Medical and sanitary report of the native army of Madras for the year
Year: 1876
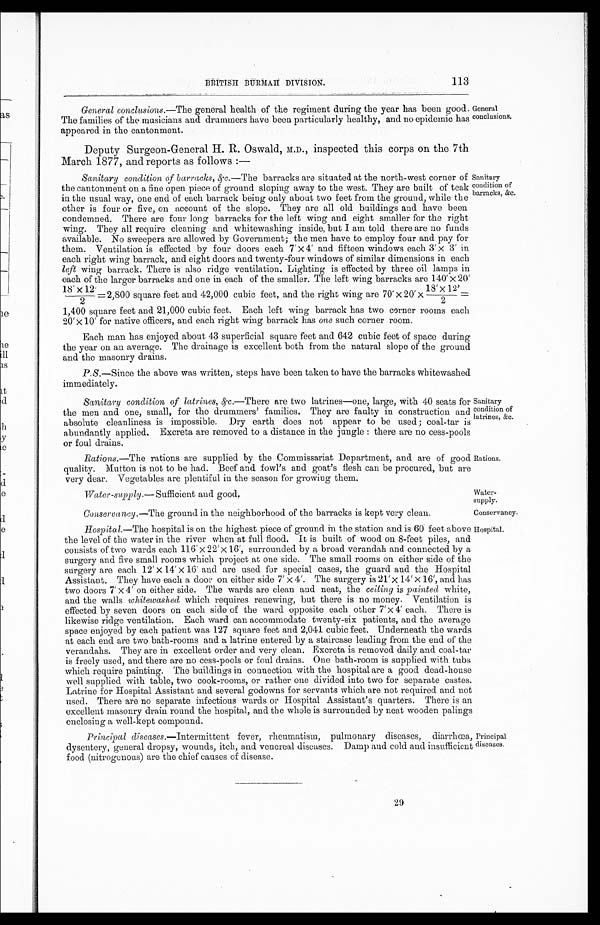
BRITISH BURMAH DIVISION.
113
General conclusions.— The general health of the regiment during the year has been good.
The families of the musicians and drummers have been particularly healthy, and no epidemic has
appeared in the cantonment.
Deputy Surgeon-General H. R. Oswald, inspected this corps on the 7th
March 1877, and reports as follows :—
Sanitary condition of barracks, &c .—The barracks are situated at the north-west corner of
the cantonment on a fine open piece of ground sloping away to the west. They are built of teak
in the usual way, one end of each barrack being only about two feet from the ground, while the
other is four or five, on account of the slope. They are all old buildings and have been
condemned. There are four long barracks for the left wing and eight smaller for the right
wing. They all require cleaning and whitewashing inside, but I am told there are no funds
available. No sweepers are allowed by Government; the men have to employ four and pay for
them. Ventilation is effected by four doors each 7'×4' and fifteen windows each 3'×3' in
each right wing barrack, and eight doors and twenty-four windows of similar dimensions in each
left wing barrack. There is also ridge ventilation. Lighting is effected by three oil lamps in
each of the larger barracks and one in each of the smaller. The left wing barracks are 140' x 20'
18'×12'/2=2,800 square feet and 42,000 c cubic feet, and the right wing are 70' x 20' x 18'x
12'/2= 1,400 square feet and 21,000 cubic feet. Each left wing barrack has two corner rooms each
20'x10' for native officers, and each right wing barrack has one such corner room.
Each man has enjoyed about 43 superficial square feet and 642 cubic feet of space during
the year on an average. The drainage is excellent both from the natural slope of the ground
and the masonry drains.
P.S.— Since the above was written, steps have been taken to have the barracks whitewashed
immediately.
Sanitary condition of latrines, &c .—There are two latrines—one, large, with 40 seats for
the men and one, small, for the drummers' families. They are faulty in construction and
absolute cleanliness is impossible. Dry earth does not appear to be used ; coal-tar is
abundantly applied. Excreta are removed to a distance in the jungle : there are no cess-pools
or foul drains.
Rations.— The rations are supplied by the Commissariat Department, and are of good
quality. Mutton is not to be had. Beef and fowl's and goat's flesh can be procured, but are
very dear. Vegetables are plentiful in the season for growing them.
Water-supply.— Sufficient and good.
General
conclusions.
Sanitary
condition of
barracks, &c.
Sanitary
condition of
latrines, &c.
Rations.
Water
-supply.
Conservancy .—The ground in the neighborhood of the barracks is kept very clean.
Conservancy.
Hospital.— The hospital is on the highest piece of ground in the station and is 60 feet above
the level of the water in the river when at full flood. It is built of wood on 8-feet piles, and
consists of two wards each 116' x 22' x 16', surrounded by a broad verandah and connected by a
surgery and five small rooms which project at one side. The small rooms on either side of the
surgery are each 12'×14'×16' and are used for special cases, the guard and the Hospital
Assistant. They have each a door on either side 7'×4'. The surgery is 21'×14'×16', and has
two doors 7'×4' on either side. The wards are clean and neat, the ceiling is painted white,
and the walls whitewashed which requires renewing, but there is no money. Ventilation is
effected by seven doors on each side of the ward opposite each other 7'×4' each. There is
likewise ridge ventilation. Each ward can accommodate twenty-six patients, and the average
space enjoyed by each patient was 127 square feet and 2,041 cubic feet. Underneath the wards
at each end are two bath-rooms and a latrine entered by a staircase leading from the end of the
verandahs. They are in excellent order and very clean. Excreta is removed daily and coal-tar
is freely used, and there are no cess-pools or foul drains. One bath-room is supplied with tubs
which require painting. The buildings in connection with the hospital are a good dead-house
well supplied with table, two cook-rooms, or rather one divided into two for separate castes.
Latrine for Hospital Assistant and several godowns for servants which are not required and not
used. There are no separate infectious wards or Hospital Assistant's quarters. There is an
excellent masonry drain round the hospital, and the whole is surrounded by neat wooden palings
enclosing a well-kept compound.
Hospital.
Principal diseases .—Intermittent fever, rheumatism, pulmonary diseases, diarrhœa,
dysentery, general dropsy, wounds, itch, and venereal diseases. Damp and cold and insufficient
food (nitrogenous) are the chief causes of disease.
Principal
diseases.
29